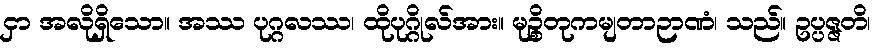
ငှာ အလိုရှိသော။ အဿ ပုဂ္ဂလဿ၊ ထိုပုဂ္ဂိုလ်အား။ မုဉ္စိတုကမျတာဉာဏံ၊ သည်။ ဥပ္ပဇ္ဇတိ၊